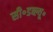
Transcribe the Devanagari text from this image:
सी॰डब्ल्यू॰